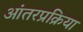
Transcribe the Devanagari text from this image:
आंतरप्रक्रिया